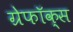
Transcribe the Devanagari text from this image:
ग्रेफॉक्स